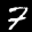
Label: 7